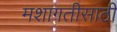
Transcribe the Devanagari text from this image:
मशागतीसाठी